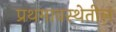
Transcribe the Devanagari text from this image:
प्रथमावस्थेतील